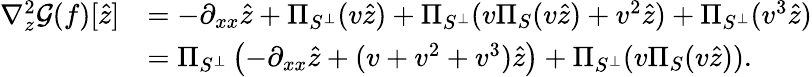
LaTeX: \begin{array}{rl}{\nabla_{z}^{2}\mathcal{G}(f)[\hat{z}]}&{=-\partial_{xx}\hat{z}+\Pi_{S^{\perp}}(v\hat{z})+\Pi_{S^{\perp}}(v\Pi_{S}(v\hat{z})+v^{2}\hat{z})+\Pi_{S^{\perp}}(v^{3}\hat{z})}\\ &{=\Pi_{S^{\perp}}\left(-\partial_{xx}\hat{z}+(v+v^{2}+v^{3})\hat{z}\right)+\Pi_{S^{\perp}}(v\Pi_{S}(v\hat{z})).}\end{array}